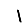
Digit: 1